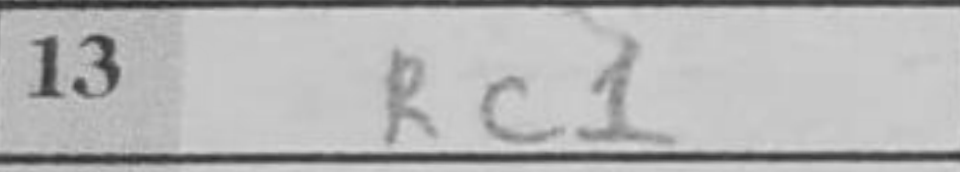
Transcription: Rc1